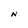
Character: N